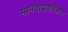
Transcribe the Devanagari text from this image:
मानवोद्भवविज्ञान